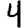
Digit: 4